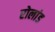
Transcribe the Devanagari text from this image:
रोलांड